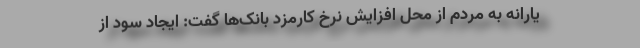
یارانه به مردم از محل افزایش نرخ کارمزد بانک‌ها گفت: ایجاد سود از